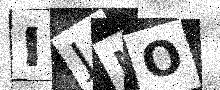
Text: IJNO